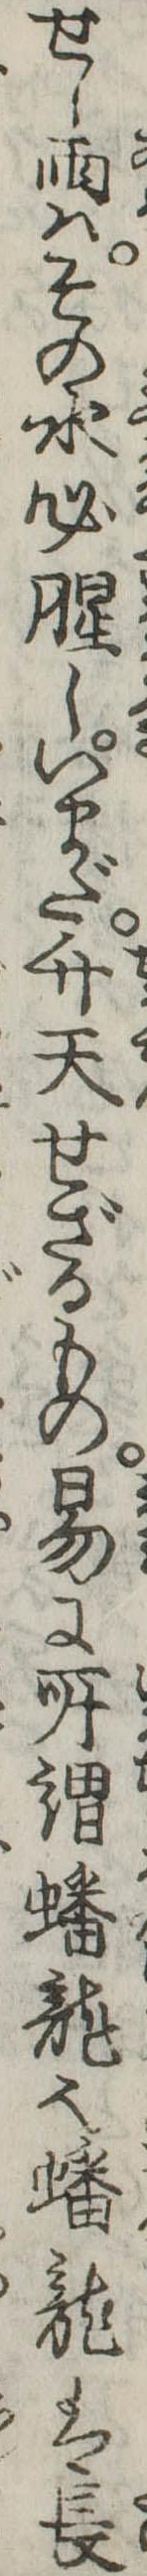
せし雨はその水必腥しいまだ升天せざるもの易に所謂蟠竜也蟠竜は長